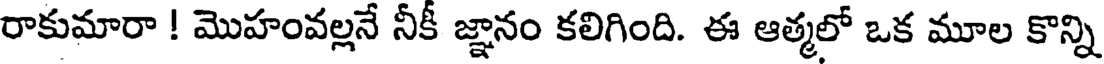
రాకుమారా ! మొహంవల్లనే నీకీ జ్ఞానం కలిగింది. ఈ ఆత్మలో ఒక మూల కొన్ని